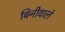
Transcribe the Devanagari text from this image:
बिनीवाले